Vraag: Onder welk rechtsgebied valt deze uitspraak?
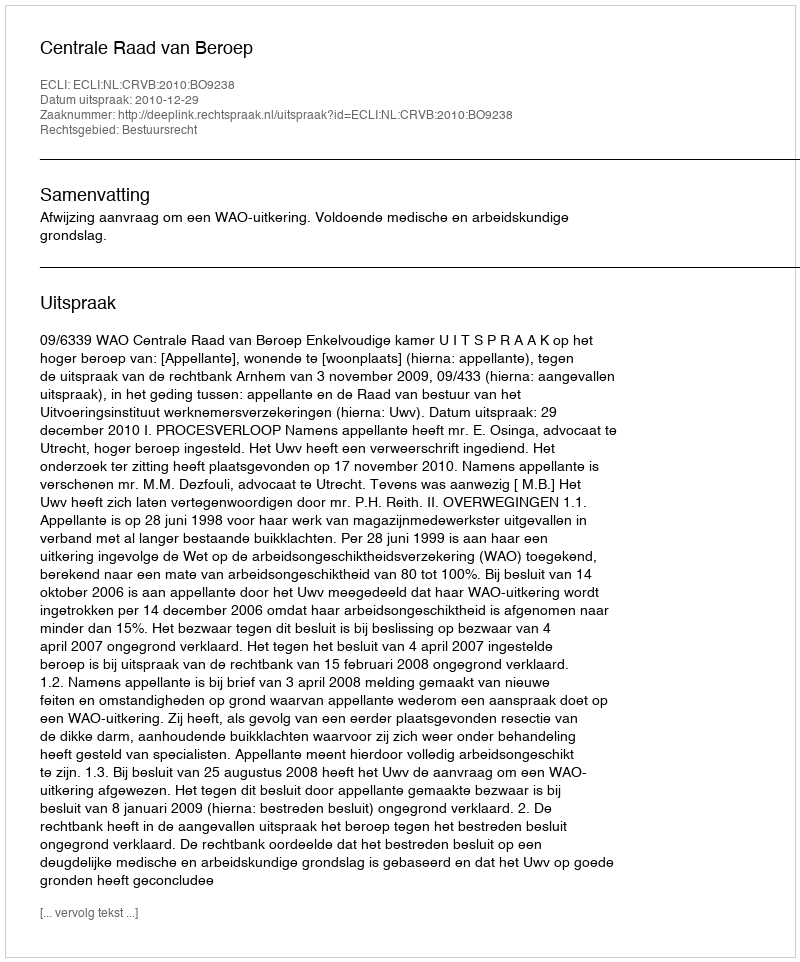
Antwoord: Bestuursrecht